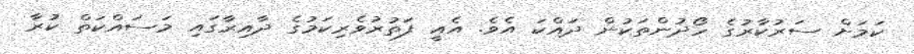
ކަމަށް ސަރުކާރުގެ ހޯދުންތަކުން ދައްކަ އެވެ. އެއީ ފަތުރުވެރިކަމުގެ ދާއިރާގައި މަސައްކަތް ކުރާ